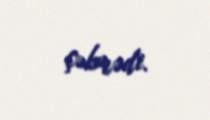
çəkmədi.